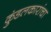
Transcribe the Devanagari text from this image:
कुंडलकारांचा